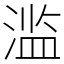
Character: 滥